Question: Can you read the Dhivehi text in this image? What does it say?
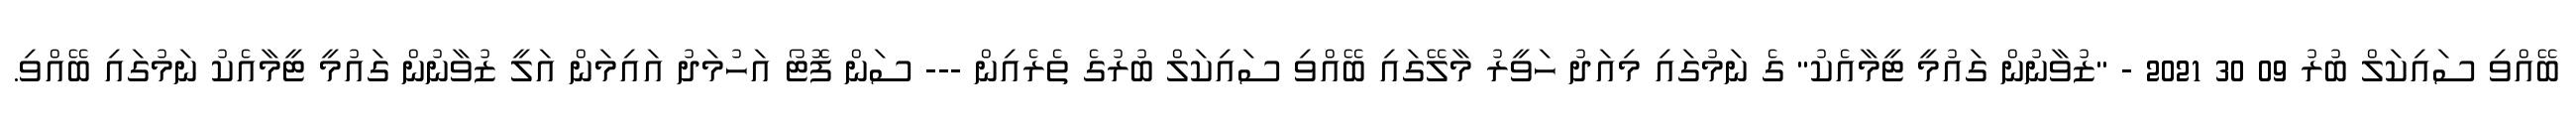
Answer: ބޭއްވި ސައިކަލް ބުރު 09 30 2021 - "ޒުވާނުން ގައުމީ ޓީމާއެކު" ގެ ނަމުގައި މިއަދު ހަވީރު މާލޭގައި ބޭއްވި ސައިކަލް ބުރުގެ ތެރެއިން --- ސަން ފޮޓޯ އަހުމަދު އައިމަން އަލީ ޒުވާނުން ގައުމީ ޓީމާއެކު ނަމުގައި ބޭއްވި.